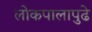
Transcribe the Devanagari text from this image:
लोकपालापुढे